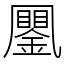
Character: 䥚